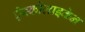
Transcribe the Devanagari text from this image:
ऐस्कोलाइकेन